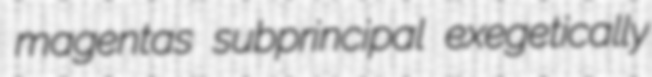
magentas subprincipal exegetically